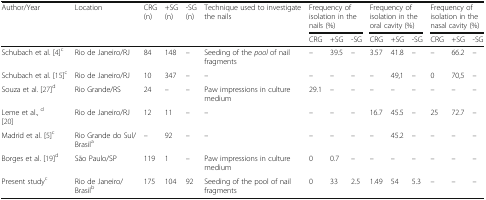
<table><thead><tr><td rowspan="2"><b>Author/Year</b></td><td rowspan="2"><b>Location</b></td><td rowspan="2"><b>CRG (n)</b></td><td rowspan="2"><b>+SG (n)</b></td><td rowspan="2"><b>-SG (n)</b></td><td rowspan="2"><b>Technique used to investigate the nails</b></td><td colspan="3"><b>Frequency of isolation in the nails (%)</b></td><td colspan="3"><b>Frequency of isolation in the oral cavity (%)</b></td><td colspan="3"><b>Frequency of isolation in the nasal cavity (%)</b></td></tr><tr><td><b>CRG</b></td><td><b>+SG</b></td><td><b>-SG</b></td><td><b>CRG</b></td><td><b>+SG</b></td><td><b>-SG</b></td><td><b>CRG</b></td><td><b>+SG</b></td><td><b>-SG</b></td></tr></thead><tbody><tr><td>Schubach et al. [4]<sup>c</sup></td><td>Rio de Janeiro/RJ</td><td>84</td><td>148</td><td>–</td><td>Seeding of the <i>pool</i> of nail fragments</td><td>–</td><td>39.5</td><td>–</td><td>3.57</td><td>41.8</td><td>–</td><td>–</td><td>66.2</td><td>–</td></tr><tr><td>Schubach et al. [15]<sup>c</sup></td><td>Rio de Janeiro/RJ</td><td>10</td><td>347</td><td>–</td><td>–</td><td>–</td><td>–</td><td>–</td><td>–</td><td>49,1</td><td>–</td><td>0</td><td>70,5</td><td>–</td></tr><tr><td>Souza et al. [27]<sup>d</sup></td><td>Rio Grande/RS</td><td>24</td><td>–</td><td>–</td><td>Paw impressions in culture medium</td><td>29.1</td><td>–</td><td>–</td><td>–</td><td>–</td><td>–</td><td>–</td><td>–</td><td>–</td></tr><tr><td>Leme et al., <sup>d</sup>[20]</td><td>Rio de Janeiro/RJ</td><td>12</td><td>11</td><td>–</td><td>–</td><td>–</td><td>–</td><td>–</td><td>16.7</td><td>45.5</td><td>–</td><td>25</td><td>72.7</td><td>–</td></tr><tr><td>Madrid et al. [5]<sup>c</sup></td><td>Rio Grande do Sul/Brasil<sup>a</sup></td><td>–</td><td>92</td><td>–</td><td>–</td><td>–</td><td>–</td><td>–</td><td>–</td><td>45.2</td><td>–</td><td>–</td><td>–</td><td>–</td></tr><tr><td>Borges et al. [19]<sup>d</sup></td><td>São Paulo/SP</td><td>119</td><td>1</td><td>–</td><td>Paw impressions in culture medium</td><td>0</td><td>0.7</td><td>–</td><td>–</td><td>–</td><td>–</td><td>–</td><td>–</td><td>–</td></tr><tr><td>Present study<sup>c</sup></td><td>Rio de Janeiro/Brasil<sup>b</sup></td><td>175</td><td>104</td><td>92</td><td>Seeding of the pool of nail fragments</td><td>0</td><td>33</td><td>2.5</td><td>1.49</td><td>54</td><td>5.3</td><td>–</td><td>–</td><td>–</td></tr></tbody></table>